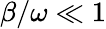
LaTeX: \beta/\omega\ll 1